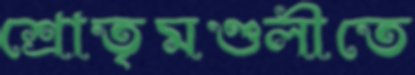
শ্রোতৃমণ্ডলীতে